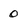
Character: 0